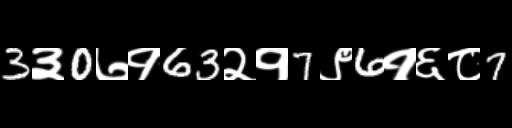
Text: 3३0७१63२१7९6१६८7